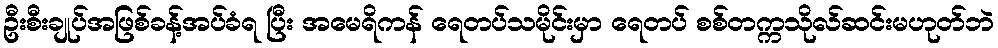
ဦးစီးချုပ်အဖြစ်ခန့်အပ်ခံရ ပြီး အမေရိကန် ရေတပ်သမိုင်းမှာ ရေတပ် စစ်တက္ကသိုလ်ဆင်းမဟုတ်ဘဲ